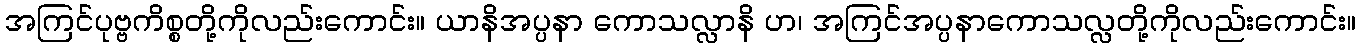
အကြင်ပုဗ္ဗကိစ္စတို့ကိုလည်းကောင်း။ ယာနိအပ္ပနာ ကောသလ္လာနိ ဟ၊ အကြင်အပ္ပနာကောသလ္လတို့ကိုလည်းကောင်း။